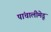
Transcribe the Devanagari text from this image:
पांचालीमेडू